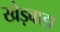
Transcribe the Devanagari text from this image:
खेड़वाड़ा